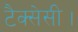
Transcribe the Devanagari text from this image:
टैक्सेसी।